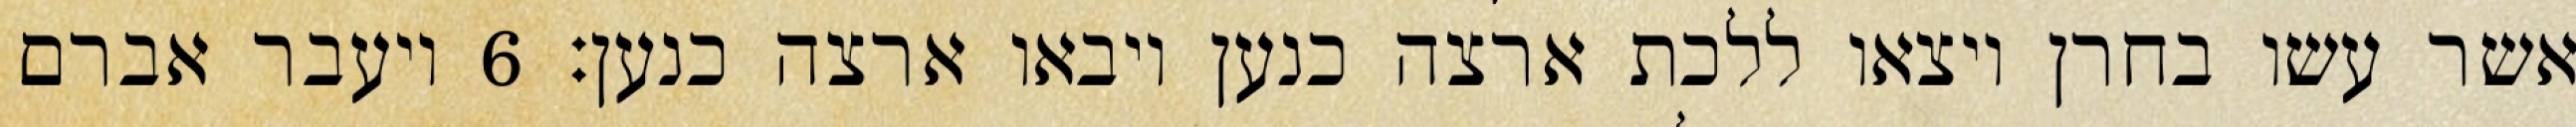
אשר עשו בחרן ויצאו ללכת ארצה כנען ויבאו ארצה כנען׃ ‎6‏ ויעבר אברם